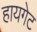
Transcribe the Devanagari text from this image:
हायगेट